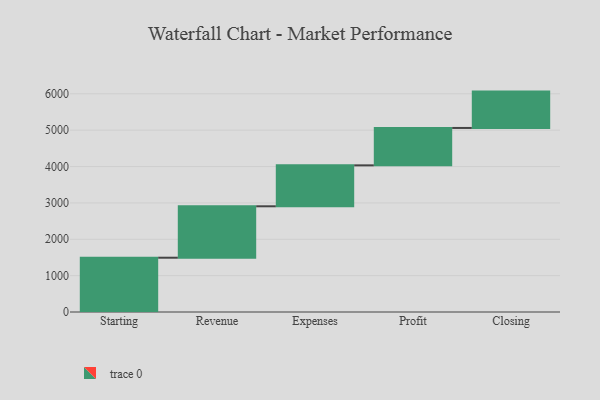
{"axis": {"x": "Step", "y": "Value"}, "legend": [""], "data": [{"x": "Starting", "y": 1493.0, "type": ""}, {"x": "Revenue", "y": 1414.0, "type": ""}, {"x": "Expenses", "y": 1126.0, "type": ""}, {"x": "Profit", "y": 1028.0, "type": ""}, {"x": "Closing", "y": 1000, "type": ""}]}